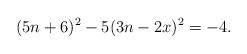
LaTeX: \begin{align*}(5n+6)^2-5(3n-2x)^2=-4.\end{align*}